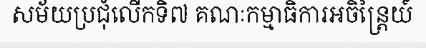
សម័យប្រជុំលើកទិ៧ គណៈកម្មាធិការអចិន្ត្រៃយ៍